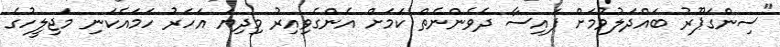
"ސިންގަޕޫރު ބައްދަލުވުމަށް ފައިސާ ދެވެންނެތް ކަމަށް އެންގެވިއިރު މިދިޔަ އަހަރު ހަމައެކަނި މަޖިލީހުގެ